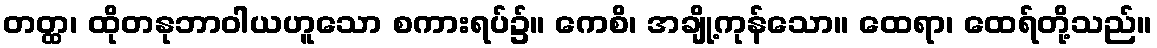
တတ္ထ၊ ထိုတနုဘာဝါယဟူသော စကားရပ်၌။ ကေစိ၊ အချို့ကုန်သော။ ထေရာ၊ ထေရ်တို့သည်။